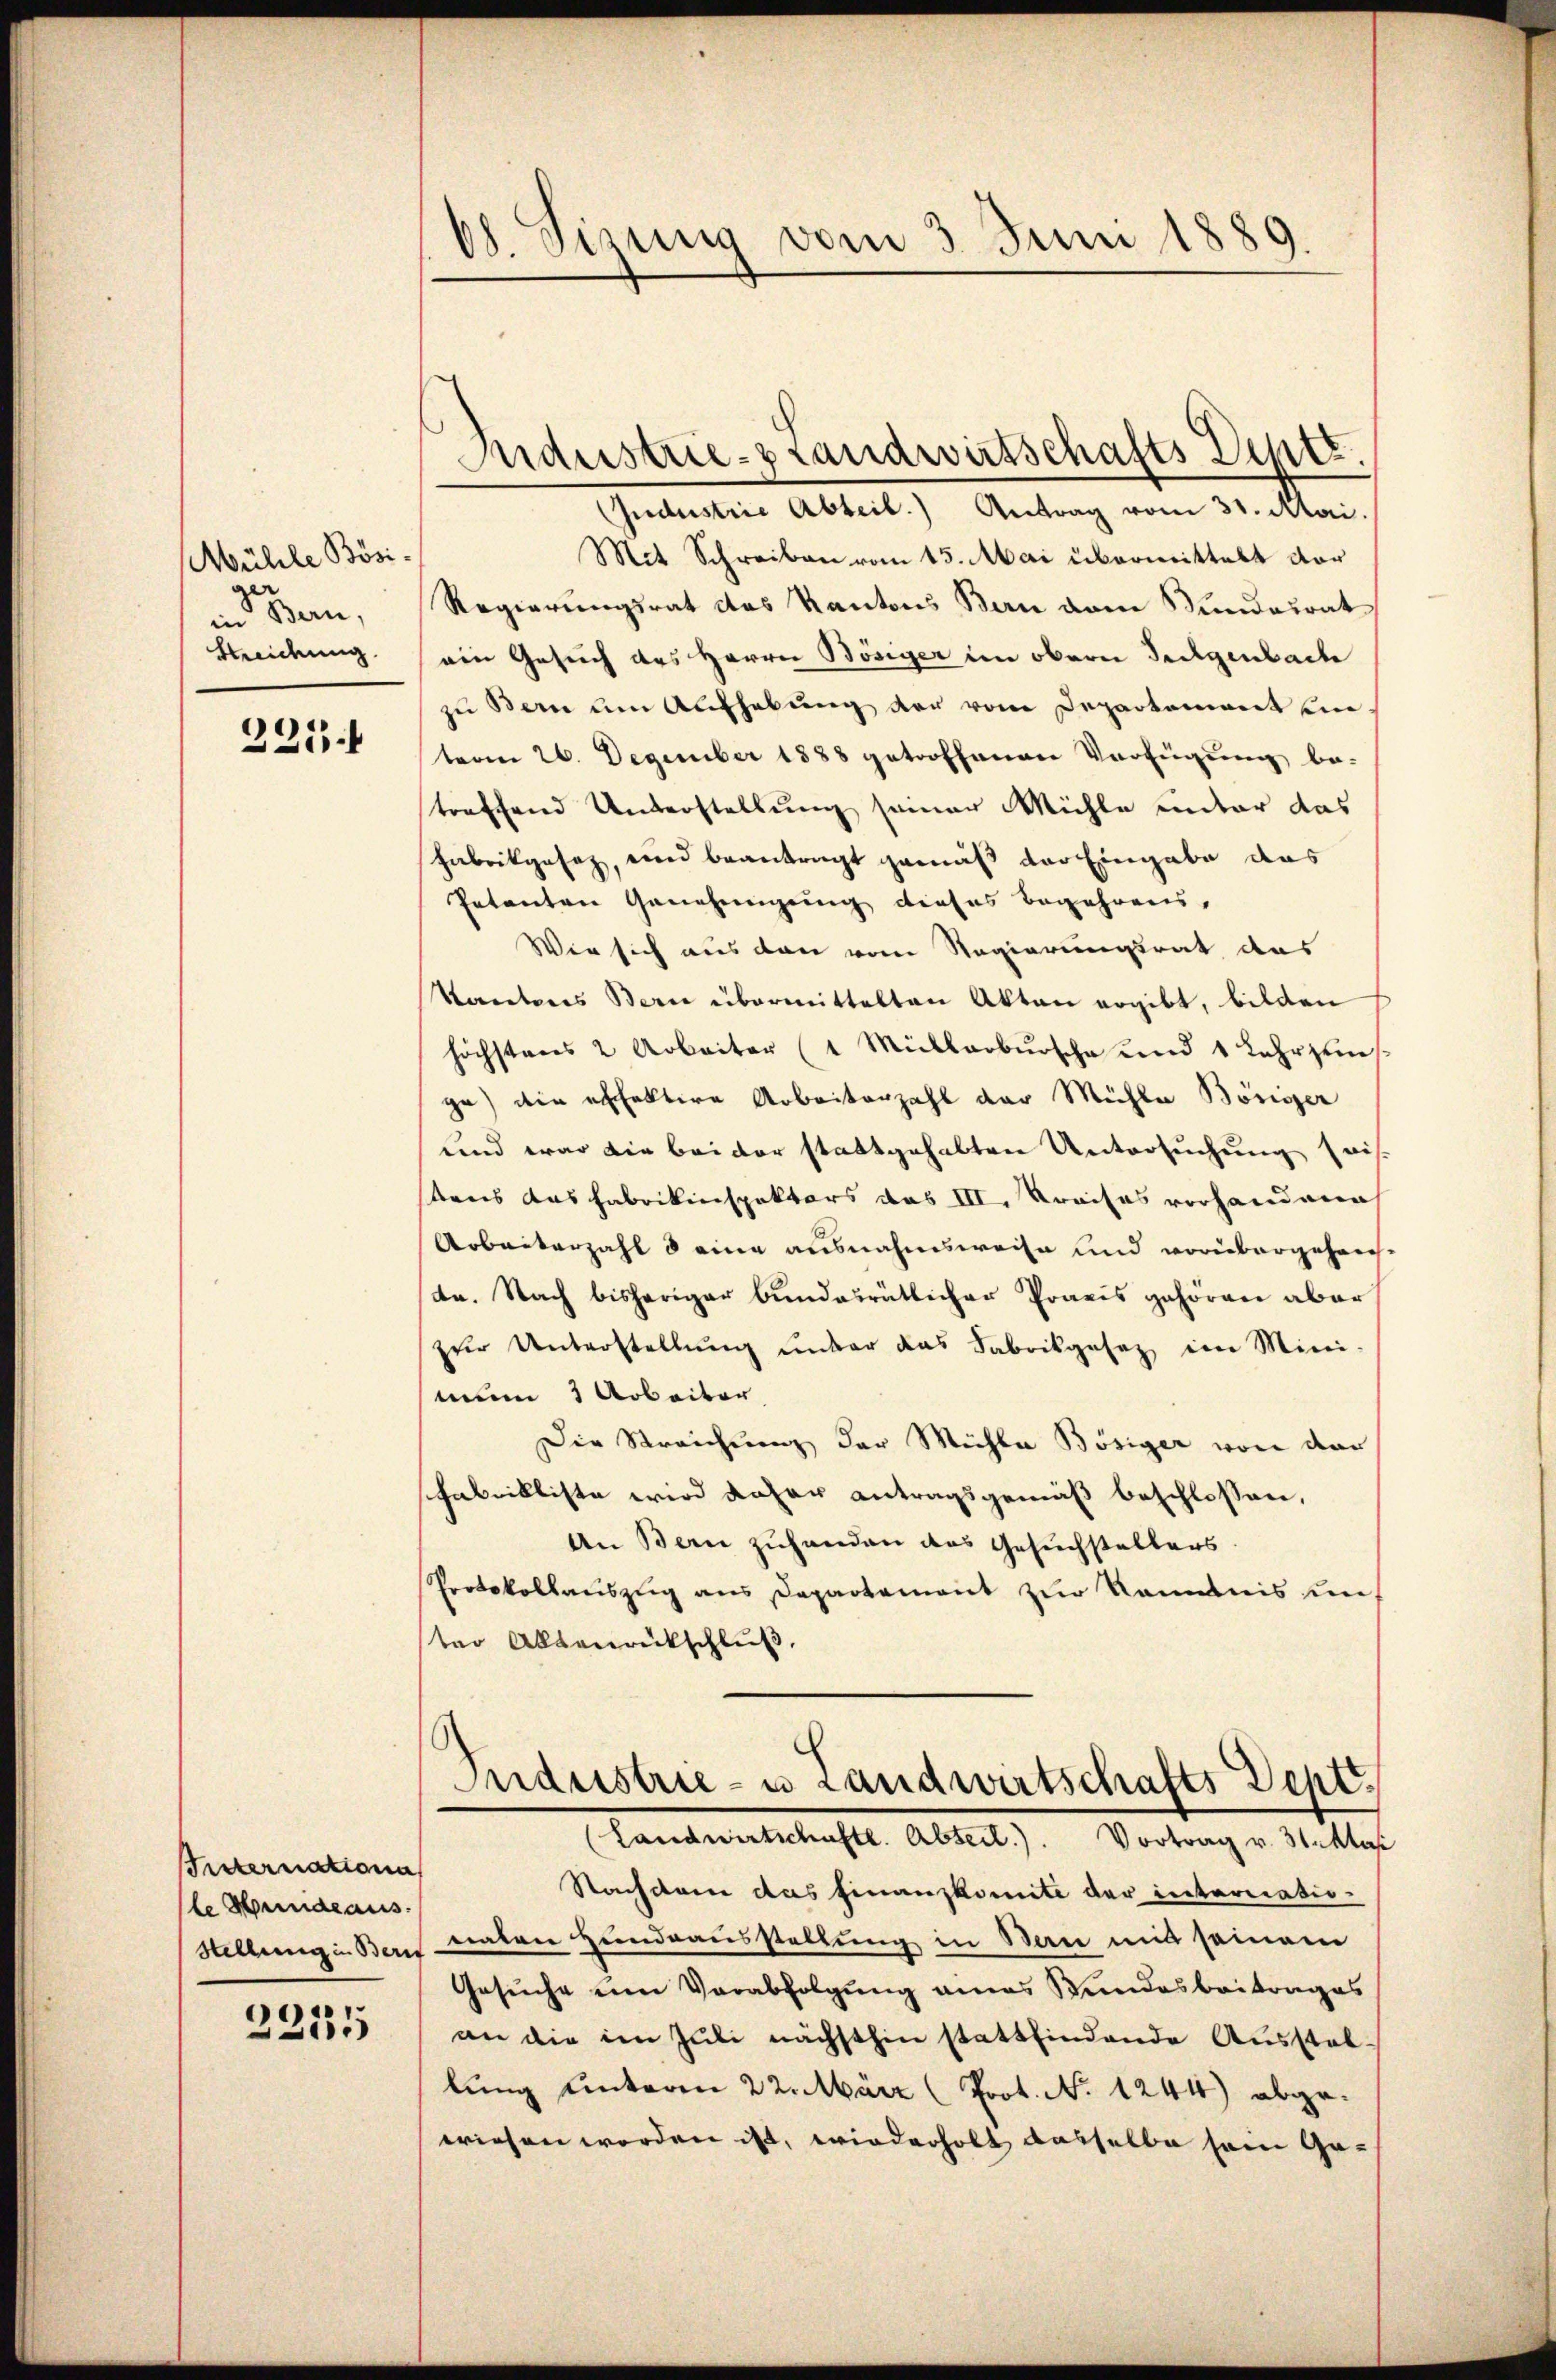
Mühle Bösi-
in Bern,
Kleidung

225 f

Vnternationa
le Hindeaus.

22335

b. Sisung vom 3. Juni 1889.

Industrie-Brandwirtschafts Septe.

(Jndustrie Abteil. Antrag vom 31. Mai.
Mit Schreiben vom 15. Mai übermittelt der
Regierungsrat des Kantons Bern dem Mundesrat
ein Gesuch des Herrn Bösiger im obern Teckgenbache
zu Bern um Aufhebung der vom Departement ein
term 26. Dezember 1888 getroffenen Verfügung be-
treffend Unterstellung seiner Mühle unter das
Fabrikgesetz, und beantragt gemäß der Eingabe das
Petenten Genehmigung dieses Begehrens-
Wir sich aus den vom Regierungsrat das
Kantons Bern übermittelten Akten ergibt, bilden
höchstens 2 Arbeiter (1 Müllerbursche und 1 Lehrzins
ge) die ehfaktive Arbeiterzahl der Mühle Bösiger
und war die bei der stattgehabten Untersuchung heis
tens das Fabrikinspektors das III. Kreises vorhandene
Arbeiterzahl d eine ausnahmsweise und vorbergehens-
te. Nach bisheriger bundesrätlicher Praxis gehören aber
zŭr Unterstellŭng ŭnter das Fabrikgesetz im Mini-
num 3 Arbeiter
Die Streichung der Mühla Bösiger von der
schabnikliste wird daher antragsgemäß beschlossen,
An Bern zuhanden das Gesuchstalters.
Protokollauszug aus Departement zur Kenntnis un
ter Altanrückschluß,

Industrie- u Landwirtschafts Dept
(Landwirtschaftl. Abteil.). Vortrag v. 31. Mas

Nachdem das Finanzkomite der internatio¬
Stellungen Bern traten Hundsausstellung in Bern mit seinem
Gesuche um Verabfolgung eines Bundesbeitrages
an die im Juli nächsthin stattfindende Ausstab-
lung unteren 22. März (Prot. No 1244) abgewiesen worden ist, wiederholt dasselbe sein Ge¬